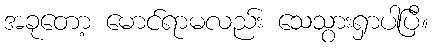
အခုတော့ မောင်ရာမလည်း သေသွားရှာပါပြီ။